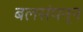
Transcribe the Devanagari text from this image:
बलसंपन्न